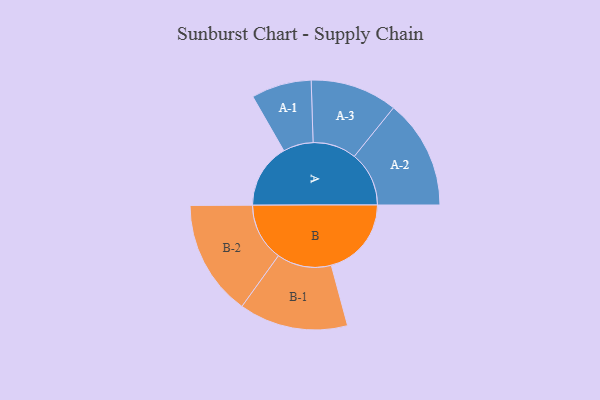
{"axis": {"x": "Segment", "y": "Value"}, "legend": ["", "A", "B"], "data": [{"x": "A", "y": 307, "type": ""}, {"x": "B", "y": 381, "type": ""}, {"x": "A-1", "y": 143, "type": "A"}, {"x": "A-2", "y": 260, "type": "A"}, {"x": "A-3", "y": 207, "type": "A"}, {"x": "B-1", "y": 259, "type": "B"}, {"x": "B-2", "y": 275, "type": "B"}]}